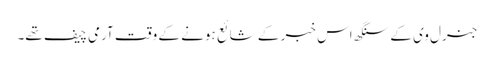
جنرل وی کے سنگھ اس خبر کے شائع ہونے کے وقت آرمی چیف تھے۔